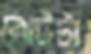
বোটটা